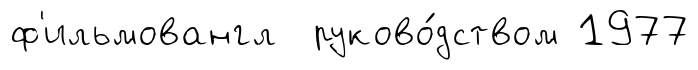
ф'ильмовангл руково́дством 1977